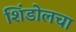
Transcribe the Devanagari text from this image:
शिंडोलचा